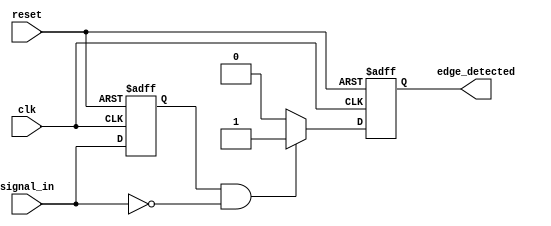
module negative_edge_detector (
    input wire clk,                  // Clock signal
    input wire reset,                // Reset signal
    input wire signal_in,            // Input signal for edge detection
    output reg edge_detected         // Output signal indicating edge detection
);

// Internal register to hold the previous state of the signal_in
reg previous_signal_in;

// Always block triggered on the rising edge of the clock or reset
always @(posedge clk or posedge reset) begin
    if (reset) begin
        // Initialize the previous state and output on reset
        previous_signal_in <= 1'b0;
        edge_detected <= 1'b0;
    end else begin
        // Edge detection logic
        if (previous_signal_in == 1'b1 && signal_in == 1'b0) begin
            // Falling edge detected
            edge_detected <= 1'b1;   // Set edge_detected high for one clock cycle
        end else begin
            edge_detected <= 1'b0;   // Reset edge_detected for no edge
        end
        
        // Update the previous state
        previous_signal_in <= signal_in;
    end
end

endmodule